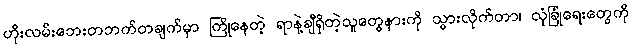
ဟိုးလမ်းဘေးတဘက်တချက်မှာ ကြိုနေတဲ့ ရာနဲ့ချီရှိတဲ့သူတွေနားကို သွားလိုက်တာ၊ လုံခြုံရေးတွေကို